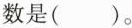
数是()。